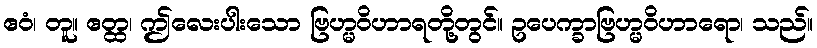
ဧဝံ၊ တူ။ ဧတ္ထ၊ ဤလေးပါးသော ဗြဟ္မဝိဟာရတို့တွင်။ ဥပေက္ခာဗြဟ္မဝိဟာရော၊ သည်။